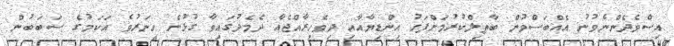
އިސްވެދެންނެވުނު އެއްބަސްވުން ބާޠިލްކުރުމަށްފަހު އިންޑިޔާއާއި ދިވެހިރާއްޖެއާ ދެމެދުގައިވާ ގުޅުން ހީނަރުވެ އަކަމުގެ ސަބަބުން